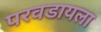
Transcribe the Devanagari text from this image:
परवडायला